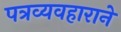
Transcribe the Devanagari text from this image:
पत्रव्यवहाराने